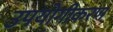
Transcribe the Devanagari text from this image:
उपयोगीकरण